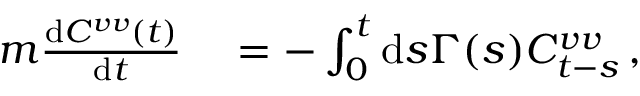
\begin{array} { r l } { m \frac { \mathrm { d } C ^ { v v } ( t ) } { \mathrm { d } t } } & { { } = - \int _ { 0 } ^ { t } \mathrm { d } s \Gamma ( s ) C _ { t - s } ^ { v v } \, , } \end{array}